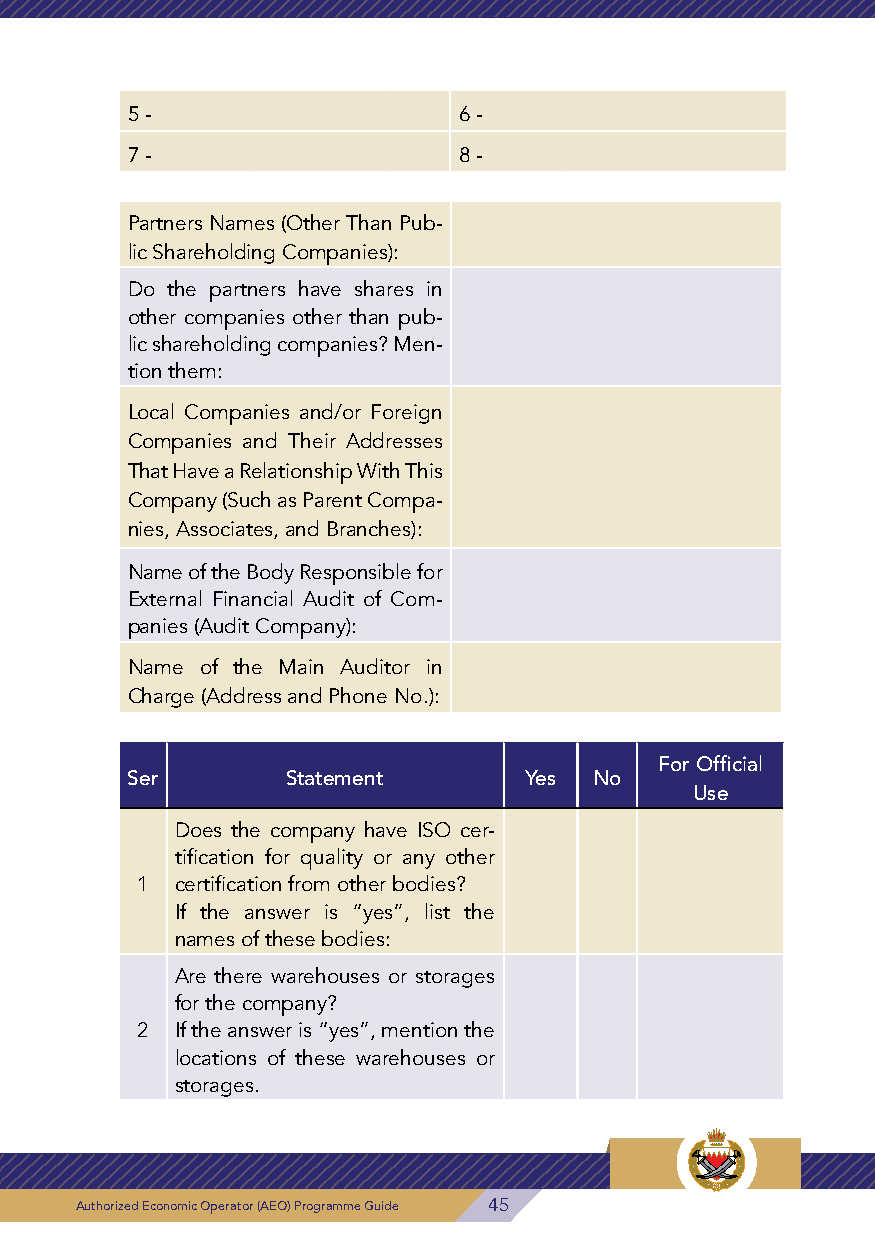
For Official 5 -              6 -
 Ser Statement Yes No
 Use
 7 -                   8 -
 Are there any complaints against
 the company or previous or pend-
 Partners Names (Other Than Pub-
 3 ing cases before the courts?
 lic Shareholding Companies):
 If the answer is “yes”, clarify the
 nature of these cases: Do the partners have shares in
 other companies other than pub-
 lic shareholding companies? Men-
 Third: General Information Related to Customs Operations
 tion them:
 For Official
 Ser Statement Yes No Local Companies and/or Foreign
 Use
 Companies and Their Addresses
 That Have a Relationship With This
 Does the company handle cus-
 Company (Such as Parent Compa-
 toms clearance of its imports or
 nies, Associates, and Branches):
 exports?
 If the answer is “yes”, list the
 Name of the Body Responsible for
 names of those authorized for
 External Financial Audit of Com-
 clearance, with the letter issued by
 panies (Audit Company):
 4 Customs Affairs in this regards.
 If the answer is “no”, list the names Name of the Main Auditor in
 of clearance offices that the com- Charge (Address and Phone No.):
 pany deals with along with their
 commercial registration numbers,
 For Official
 addresses, and phone numbers of Ser Statement Yes No
 Use
 their representatives:
 Does the company have ISO cer-
 tification for quality or any other
 1  certification from other bodies?
 If the answer is “yes”, list the
 Are customs duties paid directly
 names of these bodies:
 by the company or are they paid
 5 by the clearance office and then Are there warehouses or storages
 the company pays back the clear- for the company?
 ance office (if any)? 2 If the answer is “yes”, mention the
 locations of these warehouses or
 storages.
 46 Authorized Economic Operator (AEO) Programme Guide Authorized Economic Operator (AEO) Programme Guide 45